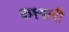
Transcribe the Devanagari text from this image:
कश्गारी